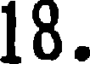
18.